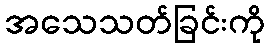
အသေသတ်ခြင်းကို